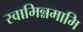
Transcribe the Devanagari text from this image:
स्वामिन्नमामि